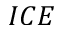
I C E